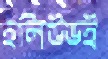
হলিউডই